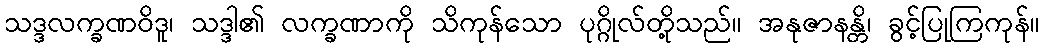
သဒ္ဒလက္ခဏဝိဒူ၊ သဒ္ဒါ၏ လက္ခဏာကို သိကုန်သော ပုဂ္ဂိုလ်တို့သည်။ အနုဇာနန္တိ၊ ခွင့်ပြုကြကုန်။